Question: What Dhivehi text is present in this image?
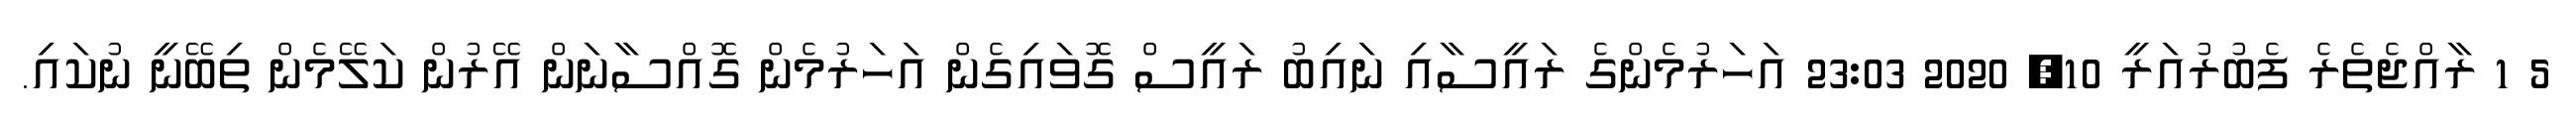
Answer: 5 1 ރާއްޖެތެރެ ފެބުރުއަރީ 10, 2020 23:03 އަހަރުމެންގެ ރައީސާއި ނައިބު ރައީސް ގޮވައިގެން އަހަރުމެން ގޮއްސާނަން އޭރުން ކަލޭމެން ތިބޭނީ ނުކައި.